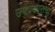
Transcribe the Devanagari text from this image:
उपप्रकारांचा